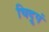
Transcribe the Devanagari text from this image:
चिद्रूपं